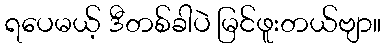
ရပေမယ့် ဒီတစ်ခါပဲ မြင်ဖူးတယ်ဗျာ။